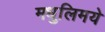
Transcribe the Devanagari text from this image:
मधुलिमये